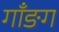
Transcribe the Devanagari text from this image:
गाँङग